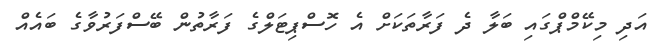
އަދި މިކޭމްޕްގައި ބަލާ ދެ ފަރާތަކަށް އެ ހޮސްޕިޓަލްގެ ފަރާތުން ބޭސްފަރުވާގެ ބައެއް